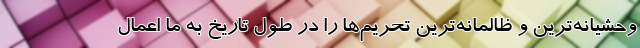
وحشیانه‌ترین و ظالمانه‌ترین تحریم‌ها را در طول تاریخ به ما اعمال